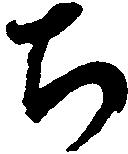
ち